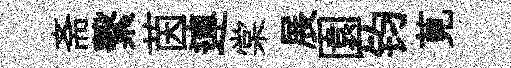
斋繫茵連棠展園钧莧